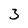
Character: 3